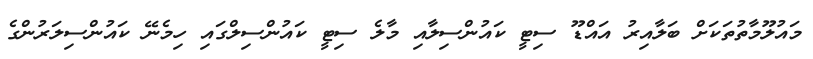
މައުލޫމާތުތަަކަށް ބަލާއިރު އައްޑޫ ސިޓީ ކައުންސިލާއި މާލެ ސިޓީ ކައުންސިލްގައި ހިމެނޭ ކައުންސިލަރުންގެ